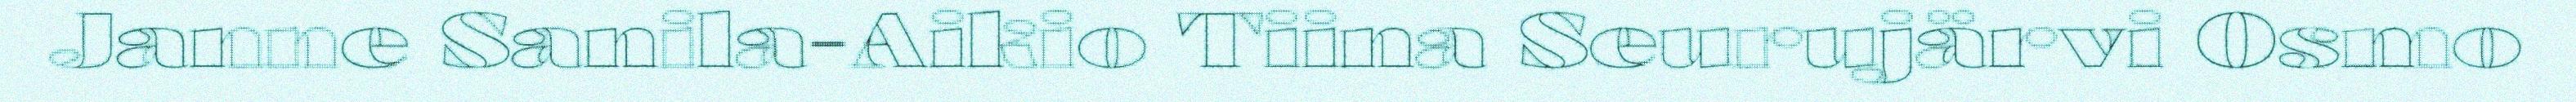
Janne Sanila-Aikio Tiina Seurujärvi Osmo